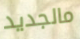
مالجديد